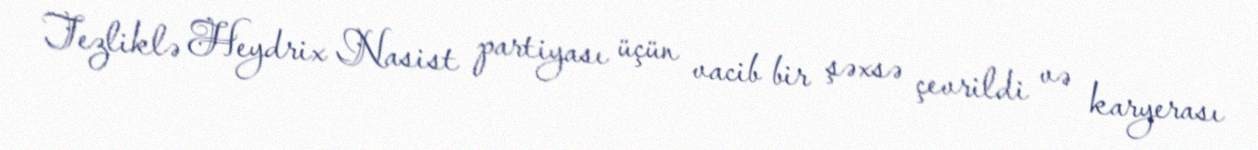
Tezliklə Heydrix Nasist partiyası üçün vacib bir şəxsə çevrildi və karyerası